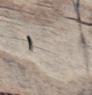
١